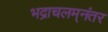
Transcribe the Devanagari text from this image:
भद्राचलम्‌नंतर